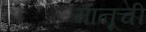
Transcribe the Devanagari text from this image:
मानूची